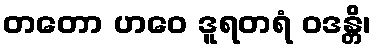
တတော ဟဝေ ဒူရတရံ ဝဒန္တိ၊